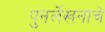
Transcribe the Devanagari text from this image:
पुनर्लेखनाचे